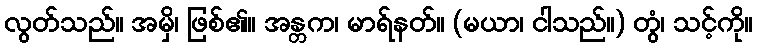
လွတ်သည်။ အမှိ၊ ဖြစ်၏။ အန္တက၊ မာရ်နတ်။ (မယာ၊ ငါသည်။) တွံ၊ သင့်ကို။